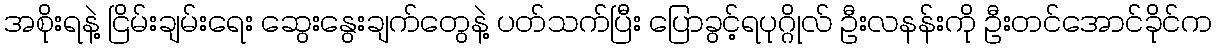
အစိုးရနဲ့ ငြိမ်းချမ်းရေး ဆွေးနွေးချက်တွေနဲ့ ပတ်သက်ပြီး ပြောခွင့်ရပုဂ္ဂိုလ် ဦးလနန်းကို ဦးတင်အောင်ခိုင်က